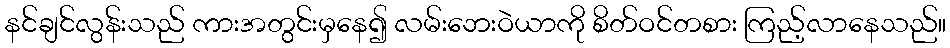
နင်ချင်လွန်းသည် ကားအတွင်းမှနေ၍ လမ်းဘေးဝဲယာကို စိတ်ဝင်တစား ကြည့်လာနေသည်။